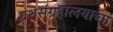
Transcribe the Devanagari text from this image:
ग्रंथसंग्रहालयाचा